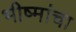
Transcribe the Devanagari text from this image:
भीष्मांचा